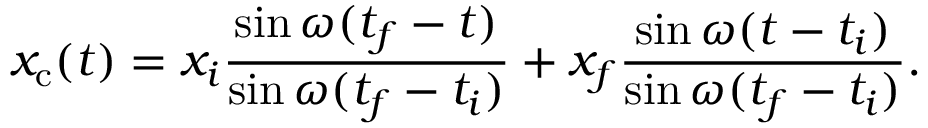
x _ { \mathrm { c } } ( t ) = x _ { i } { \frac { \sin \omega ( t _ { f } - t ) } { \sin \omega ( t _ { f } - t _ { i } ) } } + x _ { f } { \frac { \sin \omega ( t - t _ { i } ) } { \sin \omega ( t _ { f } - t _ { i } ) } } .